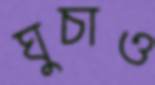
ঘুচাও